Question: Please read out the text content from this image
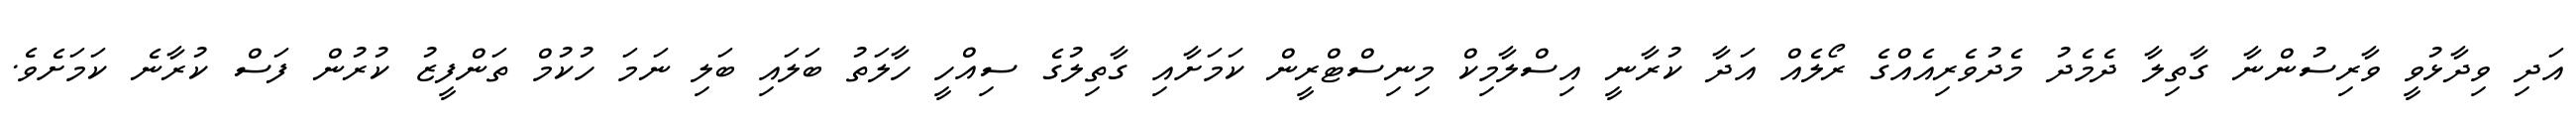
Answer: އަދި ވިދާޅުވީ ވާރިސުންނާ ގާތިލާ ދެމެދު މެދުވެރިއެއްގެ ރޯލެއް އަދާ ކުރާނީ އިސްލާމިކް މިނިސްޓްރީން ކަމަށާއި ގާތިލުގެ ސިއްހީ ހާލަތު ބަލައި ބަލި ނަމަ ހުކުމް ތަންފީޒު ކުރުން ފަސް ކުރާނެ ކަމަށެވެ.